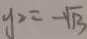
y _ { 2 } = - \sqrt { 1 3 }